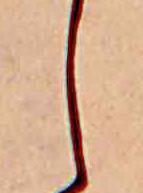
し